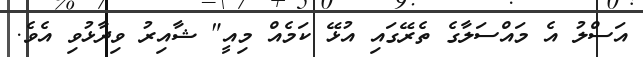
އަސްލު އެ މައްސަލާގެ ތެރޭގައި އުޅޭ ކަމެއް މިއީ" ޝާއިރު ވިދާޅުވި އެވެ.